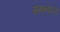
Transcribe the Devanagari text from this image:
समन्वयय